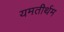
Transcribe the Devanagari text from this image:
यमतीर्थम